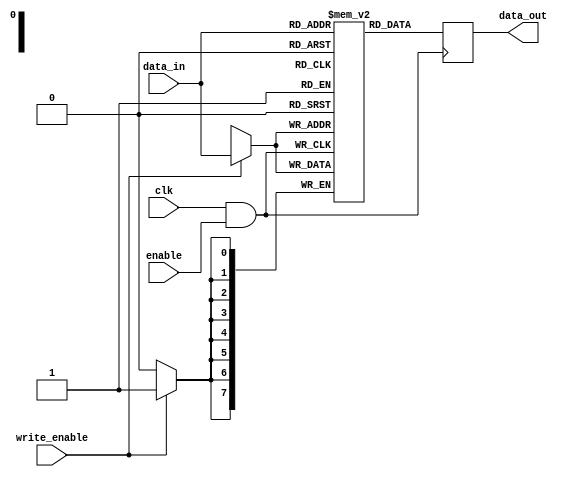
module clock_gated_memory (
    input wire clk,               // Global clock signal
    input wire enable,            // Enable signal for clock gating
    input wire [7:0] data_in,     // Data input for memory
    input wire write_enable,       // Write enable signal
    output reg [7:0] data_out      // Data output from memory
);

    // Internal memory array (for illustration, 256x8 SRAM)
    reg [7:0] memory_array [0:255];
    wire gated_clk;

    // Clock Gating Cell
    assign gated_clk = clk & enable; // Gated clock signal

    // Memory write operation
    always @(posedge gated_clk) begin
        if (write_enable) begin
            // Write data to memory
            memory_array[data_in[7:0]] <= data_in; // Example address mapping
        end
    end

    // Memory read operation
    always @(posedge gated_clk) begin
        // Read data from memory
        data_out <= memory_array[data_in[7:0]]; // Example address mapping
    end

endmodule